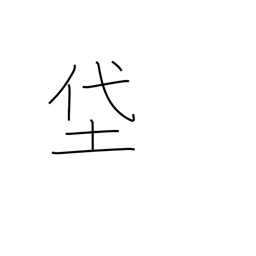
Meaning: muddy fields